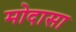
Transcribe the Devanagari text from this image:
मोदासा